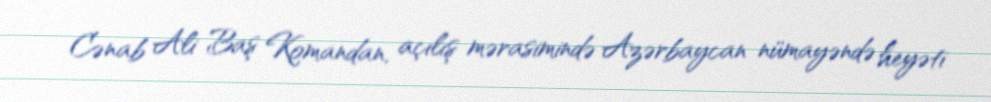
Cənab Ali Baş Komandan, açılış mərasimində Azərbaycan nümayəndə heyəti